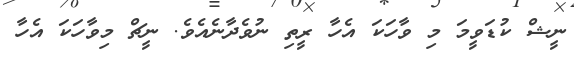
ނީޝް ކުޑަވީމަ މި ވާހަކަ އެހާ ރީތި ނުވެދާނެއެވެ. ނީޗް މިވާހަކަ އެހާ